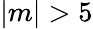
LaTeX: |m|>5